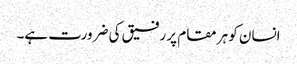
انسان کو ہر مقام پر رفیق کی ضرورت ہے۔